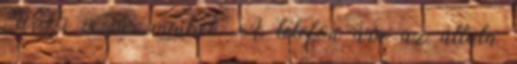
WiFi is vár minket. A telefon ára az általa